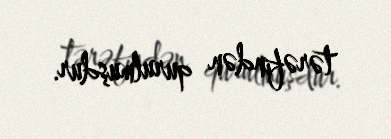
tərəfindən qurulmuşdur.